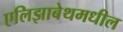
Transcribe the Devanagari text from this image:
एलिझाबेथमधील